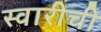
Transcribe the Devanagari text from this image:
स्वारीची